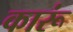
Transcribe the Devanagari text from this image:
कारूं